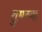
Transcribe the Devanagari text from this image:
तुमच्‍या